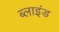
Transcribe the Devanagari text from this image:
ब्‍लाइंड